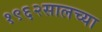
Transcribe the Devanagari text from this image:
१९६२सालच्या